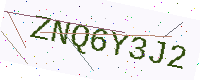
Text: ZNQ6Y3J2